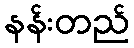
နန်းတည်